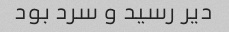
دیر رسید و سرد بود